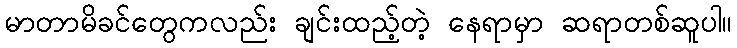
မာတာမိခင်တွေကလည်း ချင်းထည့်တဲ့ နေရာမှာ ဆရာတစ်ဆူပါ။